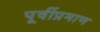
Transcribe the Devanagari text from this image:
पूर्वीप्रमाण